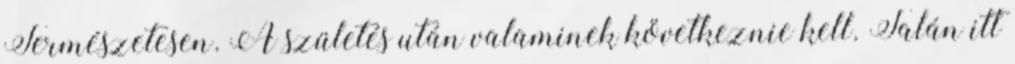
Természetesen. A születés után valaminek következnie kell. Talán itt